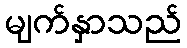
မျက်နှာသည်